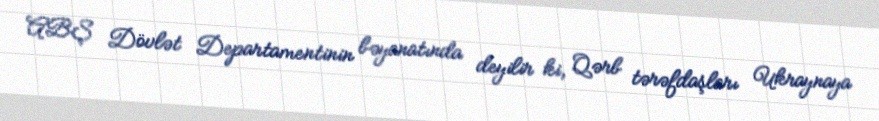
ABŞ Dövlət Departamentinin bəyanatında deyilir ki, Qərb tərəfdaşları Ukraynaya